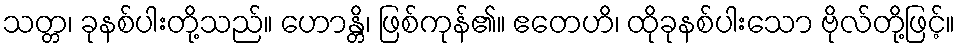
သတ္တ၊ ခုနစ်ပါးတို့သည်။ ဟောန္တိ၊ ဖြစ်ကုန်၏။ ဧတေဟိ၊ ထိုခုနစ်ပါးသော ဗိုလ်တို့ဖြင့်။